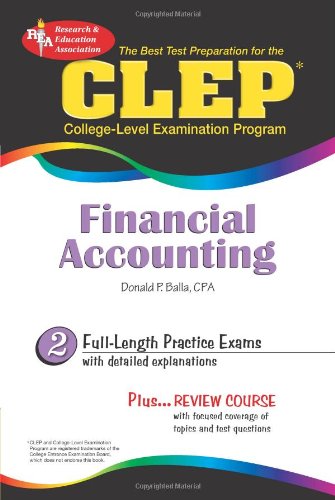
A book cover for CLEPÂ® Financial Accounting (CLEP Test Preparation); Dr. Donald Balla PhD; Test Preparation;